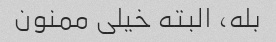
بله، البته خیلی ممنون